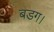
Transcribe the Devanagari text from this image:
बडग।